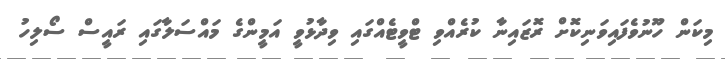
މިކަން ހޫނުވެފައިވަނިކޮށް ރޮޒައިނާ ކުރެއްވި ޓްވީޓެއްގައި ވިދާޅުވީ އަމީންގެ މައްސަލާގައި ރައީސް ސޯލިހު